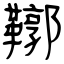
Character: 鞹